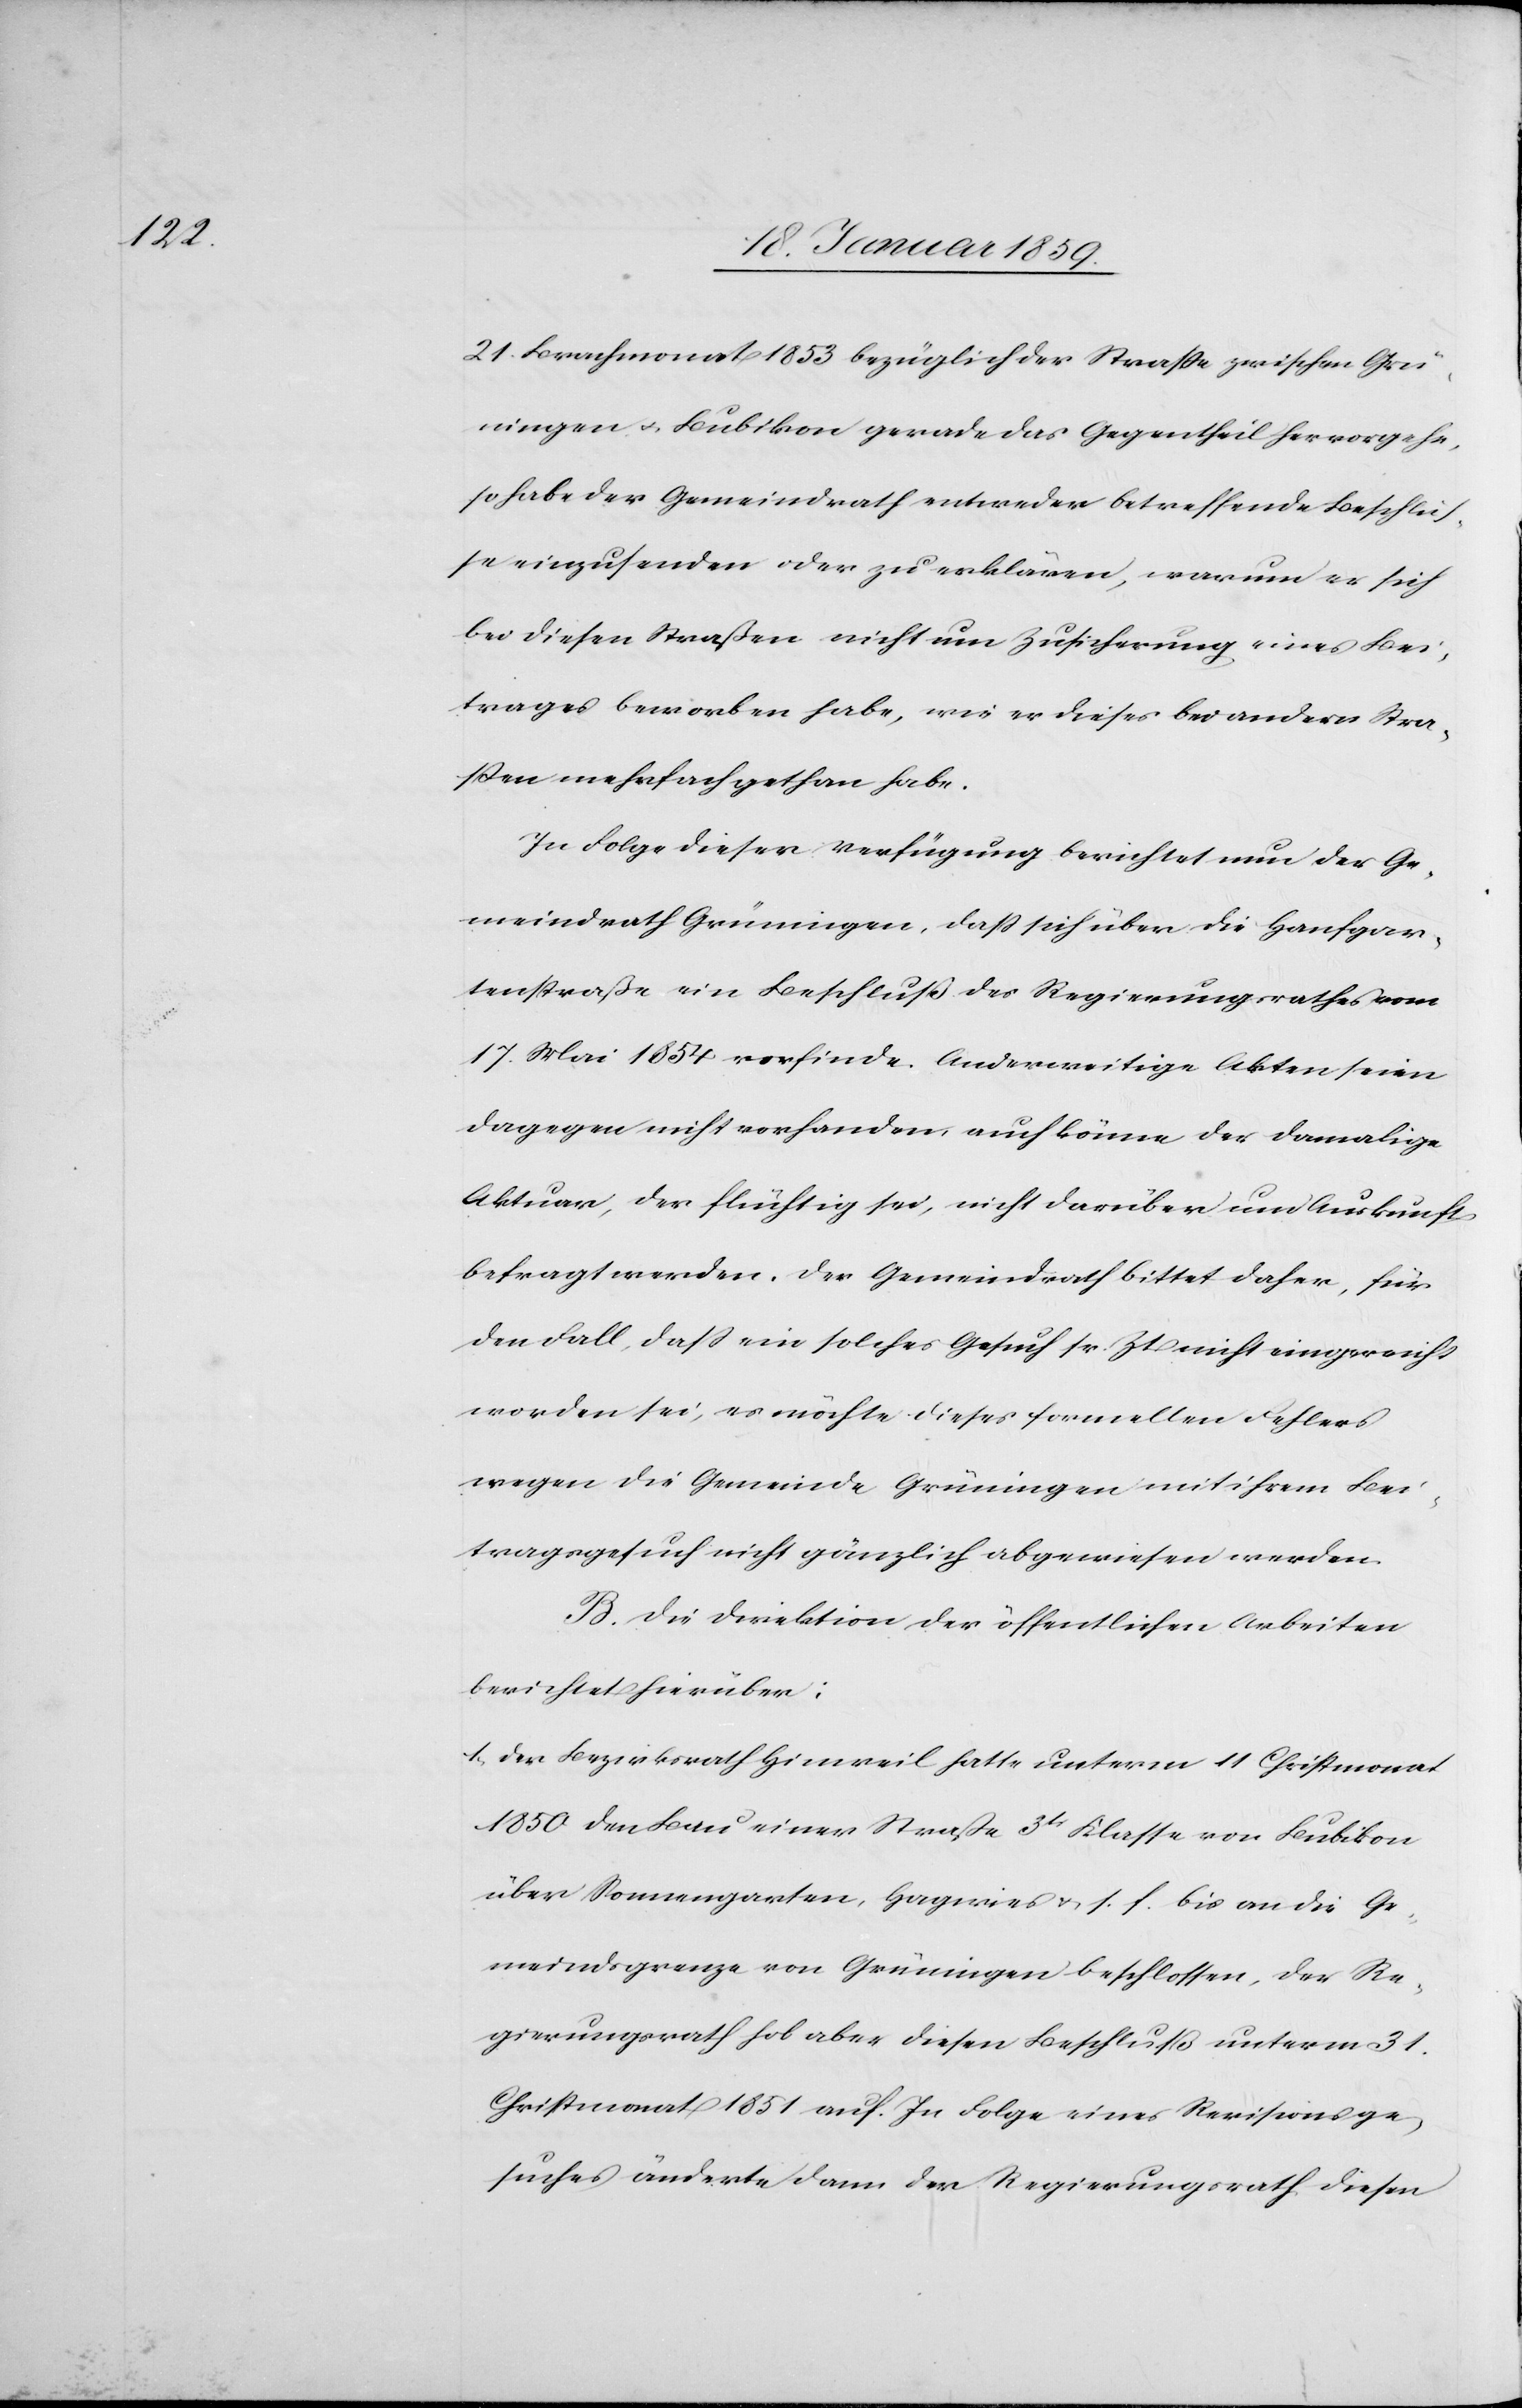
21. Brachmonat 1853 bezüglich der Straße zwischen Grü¬
ningen u. Bubikon gerade das Gegentheil hervorgehe,
so habe der Gemeindrath entweder betreffende Beschlüs¬
se einzusenden oder zu erklären, warum er sich
bei diesen Straßen nicht um Zusicherung eines Bei¬
trages beworben habe, wie er dieses bei andern Stra¬
ßen mehrfach gethan habe.
In Folge dieser Verfügung berichtet nun der Ge¬
meindrath Grüningen, daß sich über die Hausgar¬
tenstraße ein Beschluß des Regierungsrathes vom
17. Mai 1854 vorfinde. Anderweitige Akten seien
dagegen nicht vorhanden, auch könne der damalige
Akteur, der flüchtig sei, nicht darüber um Auskunft
befragt werden. Der Gemeindrath bittet daher, für
den Fall, daß ein solches Gesuch sr. Zeit nicht eingereicht
worden sei, es möchte dieses formellen Fehlers
wegen die Gemeinde Grüningen mit ihrem Bei¬
tragsgesuch nicht gänzlich abgewiesen werden.
B. Die Direktion der öffentlichen Arbeiten
berichtet hierüber:
1. der Bezirksrath Hinweil hatte unterm 11 Christmonat
1850 den Bau einer Straße 3tr Klasse von Bubikon
über Sonnengarten, Hagwies u. s. f. bis an die Ge¬
meindsgrenze von Grüningen beschlossen, der Re¬
gierungsrath hob aber diesen Beschluß unterm 31.
Christmonat 1851 auf. In Folge eines Revisionsge¬
suches änderte dann der Regierungsrath diesen